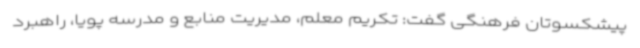
پیشکسوتان فرهنگی گفت: تکریم معلم، مدیریت منابع و مدرسه پویا، راهبرد